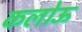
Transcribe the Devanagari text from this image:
कलोऊ